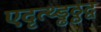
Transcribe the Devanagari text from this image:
एदृत्थ्ड्ढठ्ठद्व